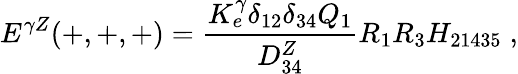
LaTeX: E^{\gamma Z}(+,+,+)={\frac{K_{e}^{\gamma}\delta_{12}\delta_{34}Q_{1}}{D_{34}^{Z}}}R_{1}R_{3}H_{21435}\; ,